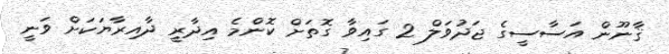
ޤާނޫން އަސާސީގެ ޖަދުވަލް 2 ގައިވާ ގޮތަށް ކޮންމެ އިދާރީ ދާއިރާޔަކަށް ވަނީ